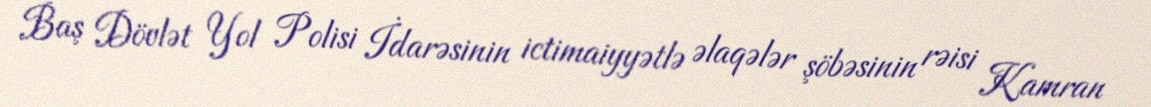
Baş Dövlət Yol Polisi İdarəsinin ictimaiyyətlə əlaqələr şöbəsinin rəisi Kamran